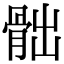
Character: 𩨸